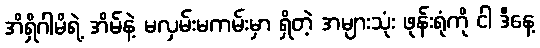
အိရှိဂါမိရဲ့ အိမ်နဲ့ မလှမ်းမကမ်းမှာ ရှိတဲ့ အများသုံး ဖုန်းရုံကို ငါ ဒီနေ့